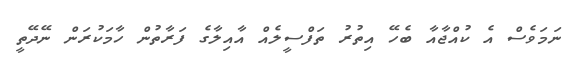
ނަމަވެސް އެ ކުއްޖާއާ ބެހޭ އިތުރު ތަފްސީލެއް އާއިލާގެ ފަރާތުން ހާމަކުރަން ނޭދޭތީ